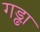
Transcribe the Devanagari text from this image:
गड्ढा़